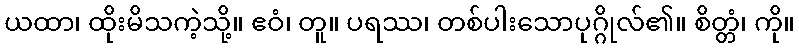
ယထာ၊ ထိုးမိသကဲ့သို့။ ဧဝံ၊ တူ။ ပရဿ၊ တစ်ပါးသောပုဂ္ဂိုလ်၏။ စိတ္တံ၊ ကို။